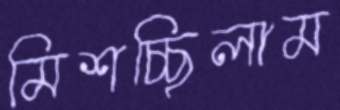
মিশচ্ছিলাম